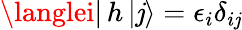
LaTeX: \langlei|\, h\, |\mathit{j}\rangle=\epsilon_{i}\delta_{i\mathit{j}}